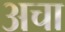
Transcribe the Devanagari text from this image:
अचा